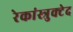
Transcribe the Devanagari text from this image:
रेकांस्त्रुक्टेद